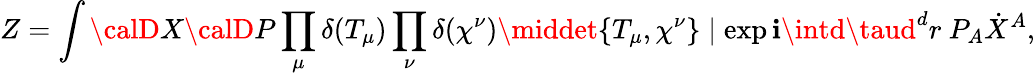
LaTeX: Z=\int{\calD}X{\calD}P\prod_{\mu}\delta(T_{\mu})\prod_{\nu}\delta(\chi^{\nu})\middet\{ T_{\mu},\chi^{\nu}\} \mid\exp\mathbf{i}\intd\taud^{d}r~P_{A}\dot{{X}}^{A},